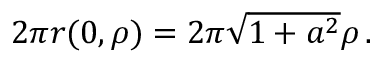
\textstyle 2 \pi r ( 0 , \rho ) = 2 \pi { \sqrt { 1 + a ^ { 2 } } } \rho \, .